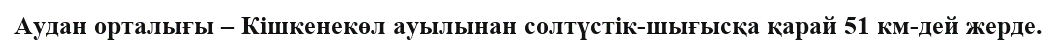
Аудан орталығы – Кішкенекөл ауылынан солтүстік-шығысқа қарай 51 км-дей жерде.